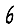
Digit: 6